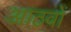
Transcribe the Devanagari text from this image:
आठवों